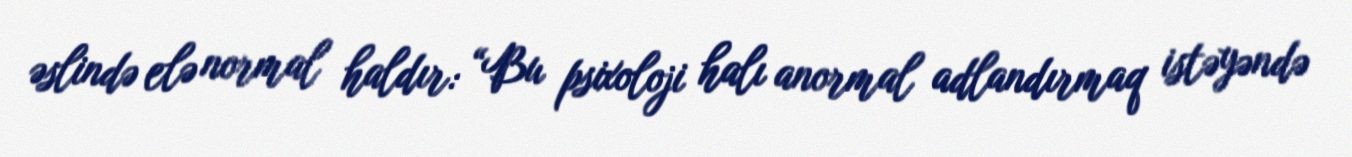
əslində elə normal haldır: “Bu psixoloji halı anormal adlandırmaq istəyəndə